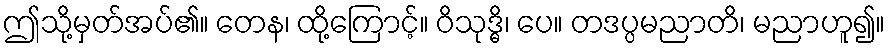
ဤသို့မှတ်အပ်၏။ တေန၊ ထို့ကြောင့်။ ဝိသုဒ္ဓိ၊ ပေ။ တဒပ္ပမညာတိ၊ မညာဟူ၍။